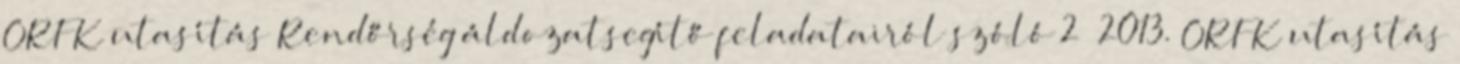
ORFK utasítás Rendőrség áldozatsegítő feladatairól szóló 2 2013. ORFK utasítás